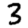
Digit: 3